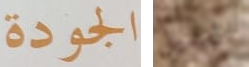
الجودة تحليل